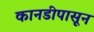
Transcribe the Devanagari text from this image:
कानडीपासून